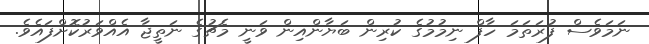
ނަމަވެސް ފުރަތަމަ ހާފް ނިމުމުގެ ކުރިން ބަޔާންއިން ވަނީ މެޗުގެ ނަތީޖާ އެއްވަރުކޮށްފައެވެ.